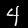
Digit: 4